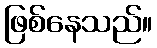
ဖြစ်နေသည်။